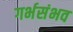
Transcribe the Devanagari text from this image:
गर्भसंभव